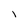
Character: l